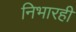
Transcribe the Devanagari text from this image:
निभारही